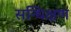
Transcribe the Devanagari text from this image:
सन्धिक्षण